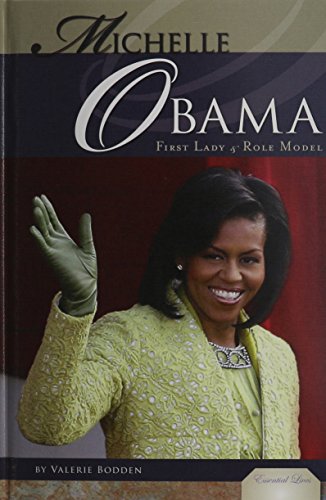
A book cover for Michelle Obama: First Lady & Role Model (Essential Lives); Valerie Bodden; Teen & Young Adult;